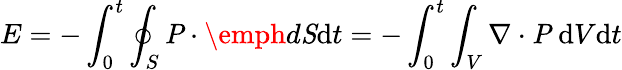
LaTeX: E=-\int_{0}^{t}\oint_{S}\textbf{\emph{P}}\cdot\emph{d}\textbf{\emph{S}}\mathrm{d}t=-\int_{0}^{t}\int_{V}\nabla\cdot\textbf{\emph{P}}~\mathrm{d}V\mathrm{d}t